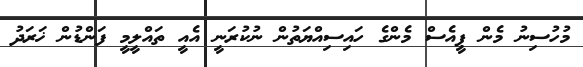
މުހުސިނު މެން ޕީއެސް މެންގެ ހައިސިއްޔަތުން ނުކުރަނީ އެއީ ތައްލީމީ ފަންޑުން ޚަރަދު